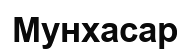
Мунхасар